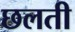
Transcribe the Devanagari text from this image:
छलती